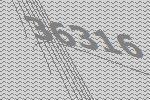
36316